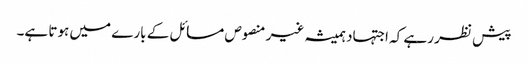
پیش نظر رہے کہ اجتہاد ہمیشہ غیر منصوص مسائل کے بارے میں ہوتا ہے۔